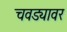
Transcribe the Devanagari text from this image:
चवड्यावर